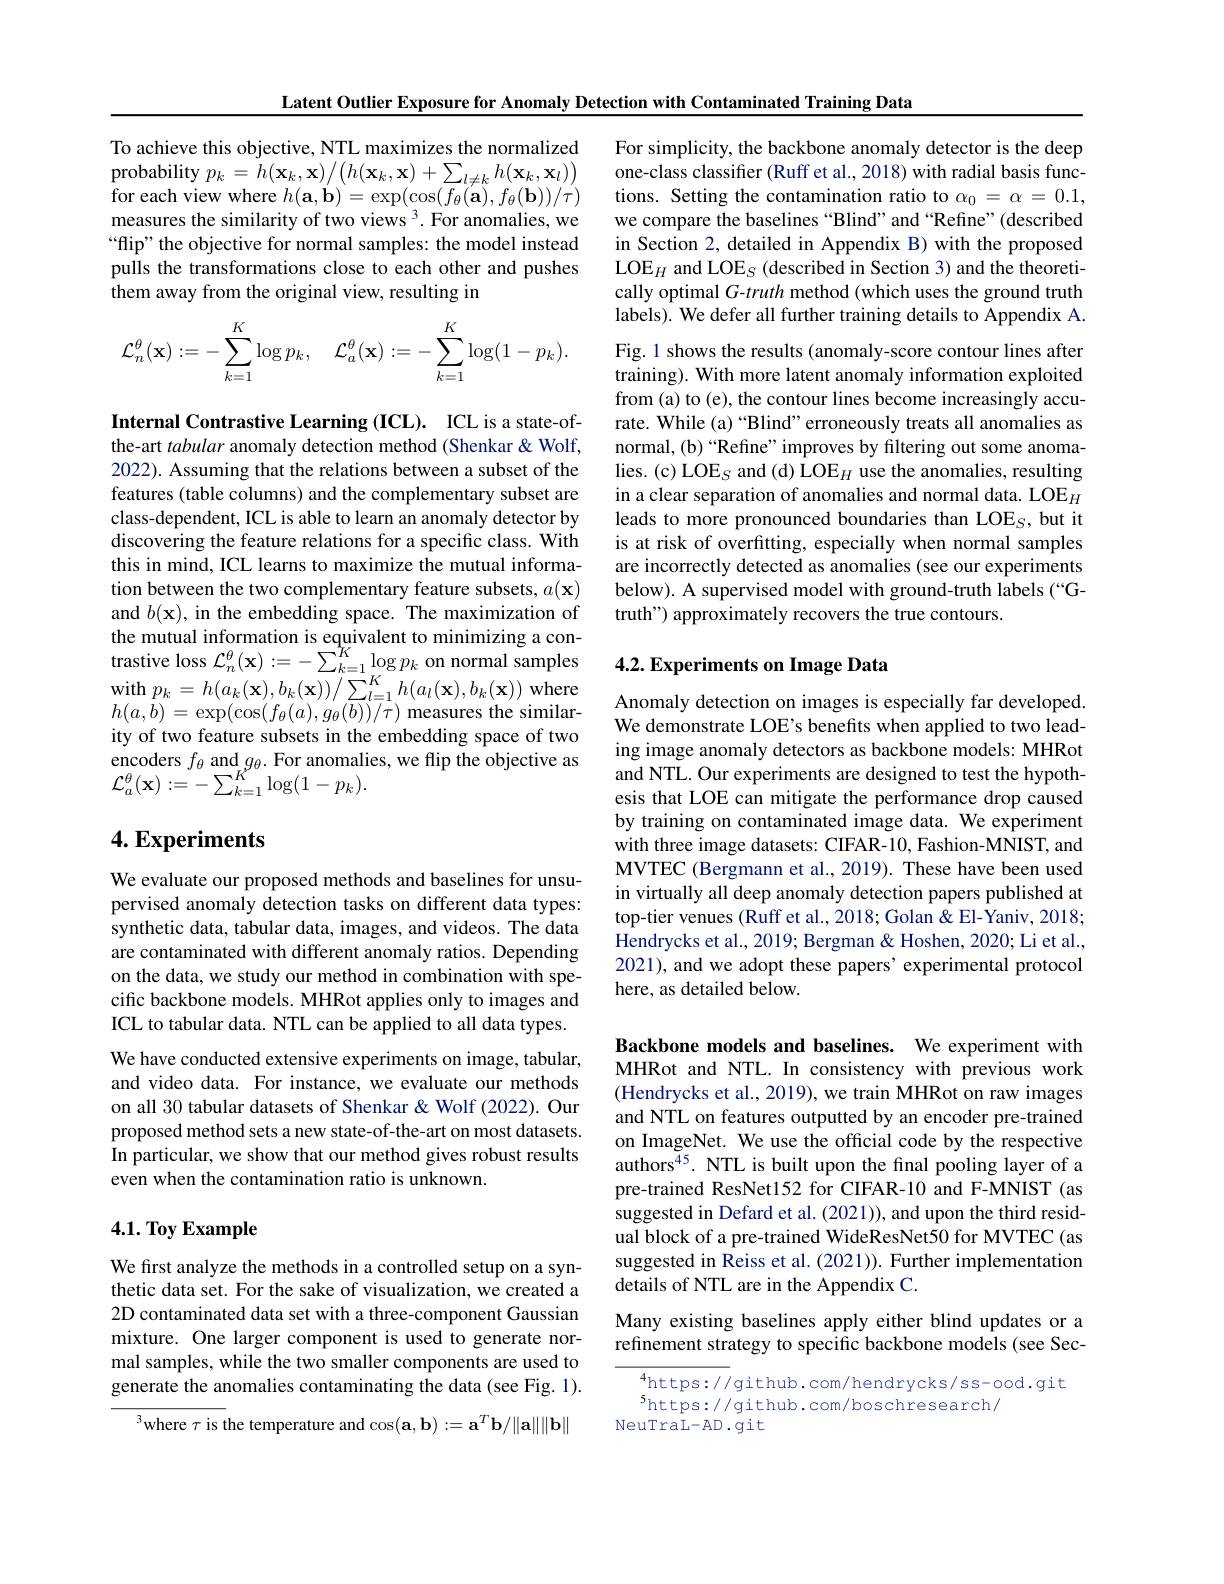
Latent Outlier Exposure for Anomaly Detection with Contaminated Training Data

To achieve this objective, NTL maximizes the normalized $\begin{array}{c}{\text{probability }p_{k}=h(\mathbf{x}_{k},\mathbf{x})/\left(h(\mathbf{x}_{k},\mathbf{x})+\sum_{l\neq k}h(\mathbf{x}_{k},\mathbf{x}_{l})\right)}\\{\text{probability }p_{k}=h(\mathbf{x}_{k},\mathbf{x})/\left(h(\mathbf{x}_{k},\mathbf{x})+\sum_{l\neq k}h(\mathbf{x}_{k},\mathbf{x}_{l})\right)}\end{array}$ for each view where $h(\mathbf{a},\mathbf{b})=\exp(\cos(f_{\theta}(\mathbf{a}),f_{\theta}(\mathbf{b}))/\tau)$ measures the similarity of two views $^3.$ For anomalies, we “flip" the objective for normal samples: the model instead pulls the transformations close to each other and pushes them away from the original view, resulting in
$$\mathcal{L}_n^\theta(\mathbf{x}):=-\sum\limits_{k=1}^K\log p_k,\quad\mathcal{L}_a^\theta(\mathbf{x}):=-\sum\limits_{k=1}^K\log(1-p_k).$$
Internal Contrastive Learning (ICL). ICL is a state-ofthe-art tabular anomaly detection method (Shenkar &Wolf, 2022). Assuming that the relations between a subset of the features (table columns) and the complementary subset are class-dependent, ICL is able to learn an anomaly detector by discovering the feature relations for a specific class. With this in mind, ICL learns to maximize the mutual information between the two complementary feature subsets, $a(\mathbf{x})$ and $b(\mathbf{x})$, in the embedding space. The maximization of the mutual information is equivalent to minimizing a contrastive loss $\mathcal{L}_n^\theta(\mathbf{x}):=-\sum_{k=1}^{\hat{K}}\log p_{k}$ on normal samples $\begin{array}{l}{\mathrm{with~}p_{k}=h(a_{k}(\mathbf{x}),b_{k}(\mathbf{x}))/\sum_{l=1}^{K}h(a_{l}(\mathbf{x}),b_{k}(\mathbf{x}))\mathrm{~where}}\\{\mathrm{with~}p_{k}=h(a_{k}(\mathbf{x}),b_{k}(\mathbf{x}))/\sum_{l=1}^{K}h(a_{l}(\mathbf{x}),b_{k}(\mathbf{x}))\mathrm{~where}}\end{array}$ $h(a,b)=\exp(\cos(f_{\theta}(a),g_{\theta}(b))/\tau)$ measures the similarity of two feature subsets in the embedding space of two encoders $f_\theta$ and $g_\theta.$ For anomalies, we flip the objective as ${\mathcal L}_{a}^{\theta}(\mathbf{x}):=-\sum_{k=1}^{K^{\nu}}\log(1-p_{k}).$

## $4. \textbf{Experiments}$

We evaluate our proposed methods and baselines for unsupervised anomaly detection tasks on different data types: synthetic data, tabular data, images, and videos. The data are contaminated with different anomaly ratios. Depending on the data, we study our method in combination with specific backbone models. MHRot applies only to images and ICL to tabular data. NTL can be applied to all data types. We have conducted extensive experiments on image, tabular, and video data. For instance, we evaluate our methods on all 30 tabular datasets of Shenkar & Wolf (2022). Our proposed method sets a new state-of-the-art on most datasets. In particular, we show that our method gives robust results even when the contamination ratio is unknown.

## $4. 1. \textbf{ Toy Example}$

We first analyze the methods in a controlled setup on a synthetic data set. For the sake of visualization, we created a 2D contaminated data set with a three-component Gaussian mixture. One larger component is used to generate normal samples, while the two smaller components are used to generate the anomalies contaminating the data (see Fig. 1).

$^{3}$where $\tau$ is the temperature and $\cos(\mathbf{a},\mathbf{b}):=\mathbf{a}^{T}\mathbf{b}/\|\mathbf{a}\|\|\mathbf{b}\|$

For simplicity, the backbone anomaly detector is the deep one-class classifier (Ruff et al., 2018) with radial basis functions. Setting the contamination ratio to $\alpha_0=\alpha=0.1$, we compare the baselines “Blind”and“Refine”(described in Section 2, detailed in Appendix B) with the proposed $\mathrm{LOE}_H$ and LOE$_S$ (described in Section 3) and the theoretically optimal G-truth method (which uses the ground truth labels). We defer all further training details to Appendix A. Fig.1 shows the results (anomaly-score contour lines after training). With more latent anomaly information exploited from (a) to (e), the contour lines become increasingly accurate. While (a)“Blind”erroneously treats all anomalies as normal, (b)“Refine” improves by filtering out some anoma- $\mathrm{lies.~(c)~LOE}_{S}$ and (d) LOE$_H$ use the anomalies, resulting in a clear separation of anomalies and normal data. LOE$_H$ leads to more pronounced boundaries than LOE$_S$, but it is at risk of overfitting, especially when normal samples are incorrectly detected as anomalies (see our experiments below). A supervised model with ground-truth labels (“Gtruth") approximately recovers the true contours.

## 4.2. Experiments on Image Data

Anomaly detection on images is especially far developed. We demonstrate LOE's benefits when applied to two leading image anomaly detectors as backbone models: MHRot and NTL. Our experiments are designed to test the hypothesis that LOE can mitigate the performance drop caused by training on contaminated image data. We experiment with three image datasets: CIFAR-10, Fashion-MNIST, and MVTEC (Bergmann et al.,2019). These have been used in virtually all deep anomaly detection papers published at top-tier venues (Ruff et al., 2018; Golan & El-Yaniv, 2018; Hendrycks et al., 2019; Bergman & Hoshen, 2020; Li et al., 2021), and we adopt these papers' experimental protocol here, as detailed below.

Backbone models and baselines. We experiment with MHRot and NTL. In consistency with previous work (Hendrycks et al., 2019), we train MHRot on raw images and NTL on features outputted by an encoder pre-trained on ImageNet. We use the official code by the respective authors$^{45}.$ NTL is built upon the final pooling layer of a pre-trained ResNet152 for CIFAR-10 and F-MNIST (as suggested in Defard et al. (2021)), and upon the third residual block of a pre-trained WideResNet50 for MVTEC (as suggested in Reiss et al.(2021)). Further implementation details of NTL are in the Appendix C.

Many existing baselines apply either blind updates or a refinement strategy to specific backbone models (see Sec-

$^{4}$https://github.com/hendrycks/ss-ood.git
shttps: / / github. com/ boschresearch/
NeuTraL-AD.git